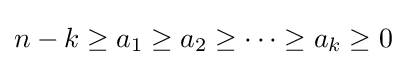
n-k\geq a_{1}\geq a_{2}\geq \cdots \geq a_{k}\geq 0